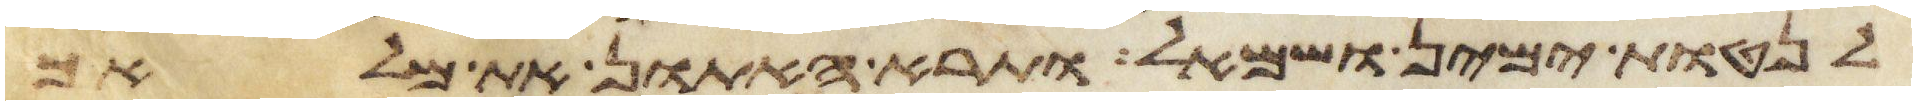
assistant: לנטות ימין ושמאל ותרא האתון את מלאך